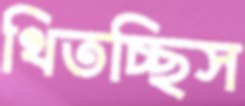
থিতচ্ছিস